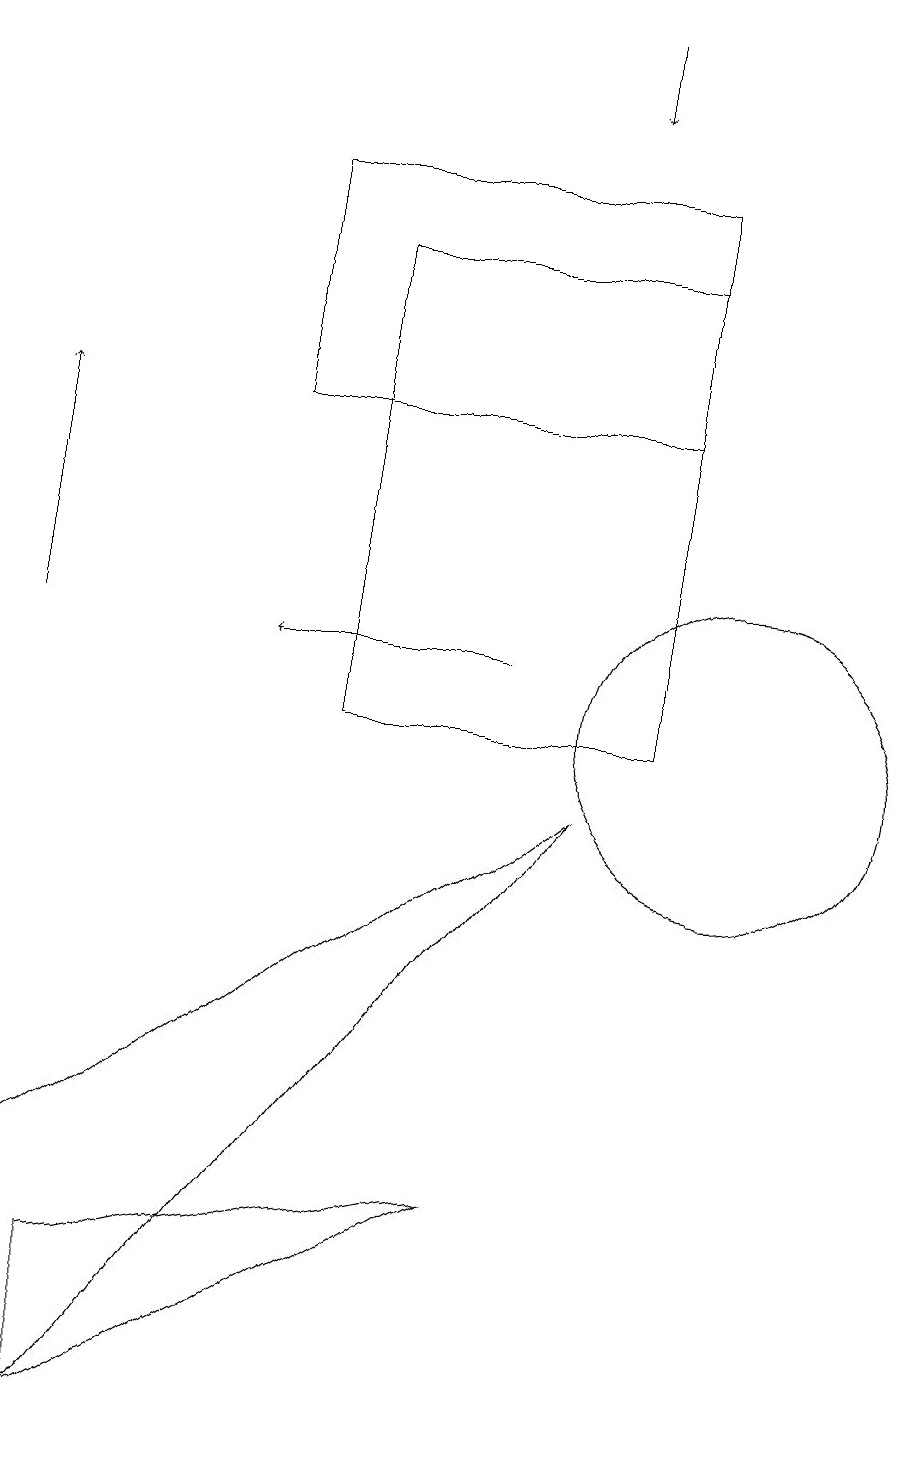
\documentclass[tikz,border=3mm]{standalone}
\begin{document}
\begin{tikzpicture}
\draw[->] (7,11) -- (4,11);
\draw (10,10) circle (2);
\draw[->] (8,19) -- (8,18);
\draw (8,9) -- (1,4) -- (2,1) -- cycle;
\draw[->] (1,11) -- (1,14);
\draw (2,1) -- (2,3) -- (7,4) -- cycle;
\draw (9,10) rectangle (5,16);
\draw (4,14) rectangle (9,17);
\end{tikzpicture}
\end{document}